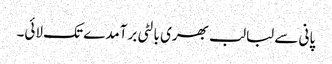
پانی سے لبالب بھری بالٹی برآمدے تک لائی۔